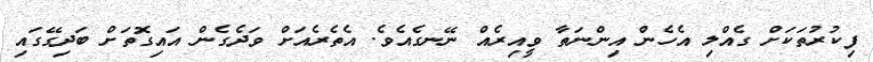
ފިކުރުތަކަށް ގެއްލި އެހެން އިންނަތާ ވީއިރެއް ނޭނގެއެވެ. އެތެރެއަށް ވަދެގެން އައިގޮތަށް ބަދިގޭގައި